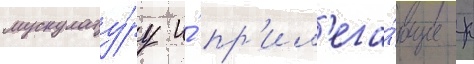
мускулату́ру и́ пр'ил'ега́ющие к